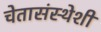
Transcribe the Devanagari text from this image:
चेतासंस्थेशी